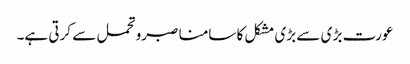
عورت بڑ ی سے بڑی مشکل کا سامنا صبرو تحمل سے کرتی ہے۔